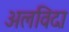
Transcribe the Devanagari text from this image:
अलविदा